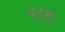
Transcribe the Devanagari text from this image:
पट्स